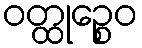
ဝတ္ထုဉ္စေဝ